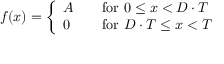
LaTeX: f ( x ) = { \left\{ \begin{array} { l l } { A } & { \quad { \mathrm { f o r ~ } } 0 \leq x < D \cdot T } \\ { 0 } & { \quad { \mathrm { f o r ~ } } D \cdot T \leq x < T } \end{array} \right. }